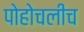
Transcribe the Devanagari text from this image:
पोहोचलीच